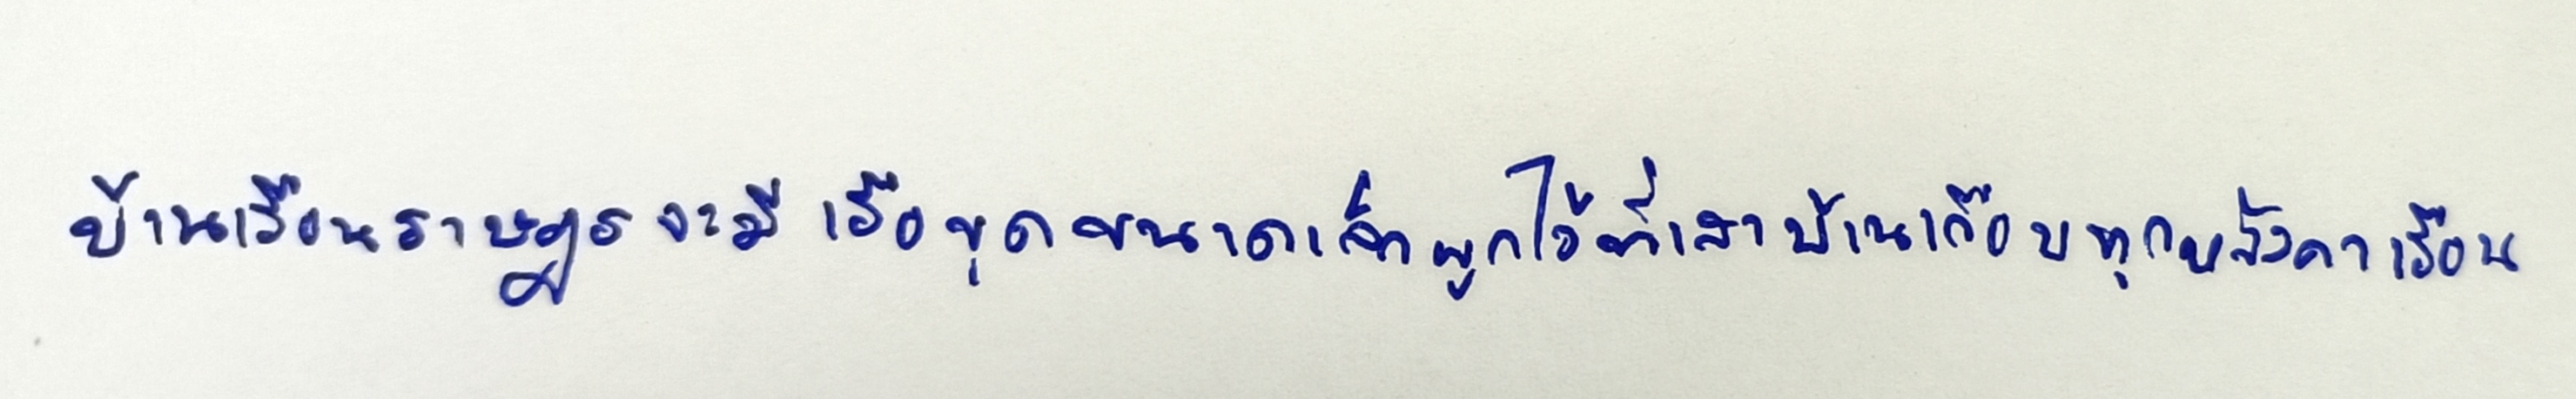
บ้านเรือนราษฎรจะมีเรือขุดขนาดเล็กผูกไว้ที่เสาบ้านเกือบทุกหลังคาเรือน